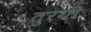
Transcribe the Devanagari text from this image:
तुरयी